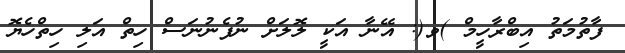
ފާތުމަތު އިބްރާހީމް )ވ(: އޭނާ އަކީ ލޮލަށް ނުފެނުނަސް ހިތް އަލި ހިތްހެޔޮ